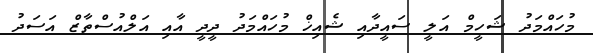
މުހައްމަދު ޝަހީމް އަލީ ސައީދާއި ޝެއިޚް މުހައްމަދު ދީދީ އާއި އަލްއުސްތާޒް އަސަދު